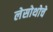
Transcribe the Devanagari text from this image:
लेसोथोचे